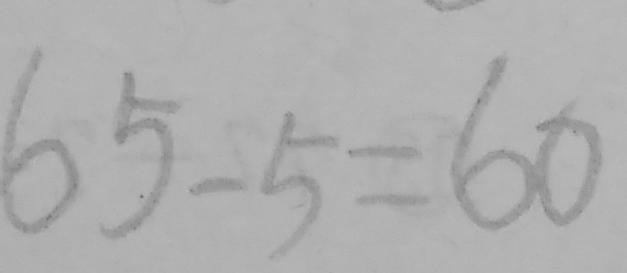
6 5 - 5 = 6 0